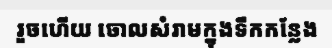
រួចហើយ ចោលសំរាមក្នុងទឹកកន្លែង